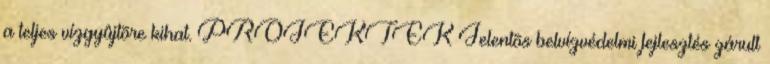
a teljes vízgyûjtõre kihat. PROJEKTEK Jelentõs belvízvédelmi fejlesztés zárult